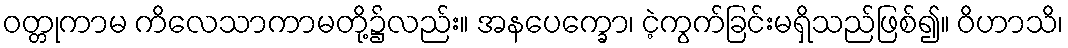
ဝတ္တုကာမ ကိလေသာကာမတို့၌လည်း။ အနပေက္ခော၊ ငဲ့ကွက်ခြင်းမရှိသည်ဖြစ်၍။ ဝိဟာသိ၊